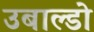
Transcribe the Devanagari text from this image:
उबाल्डो